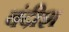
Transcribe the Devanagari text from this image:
बंदीश